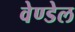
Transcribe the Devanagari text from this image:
वेण्डेल